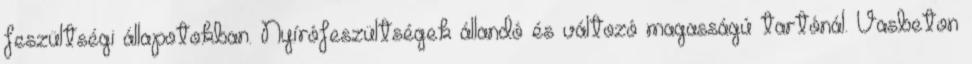
feszültségi állapotokban. Nyírófeszültségek állandó és változó magasságú tartónál. Vasbeton